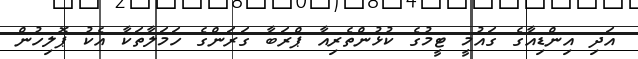
އަދި އިންޑިއާގެ ގައުމީ ޓީމުގެ ކުޅުންތެރިއާ ޕްރަބާ ގަރަންގެ ހަމަލާތަކާ އެކު ޕޮލިހުން